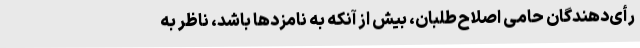
رأی‌دهندگان حامی اصلاح‌طلبان، بیش از آنکه به نامزدها باشد، ناظر به